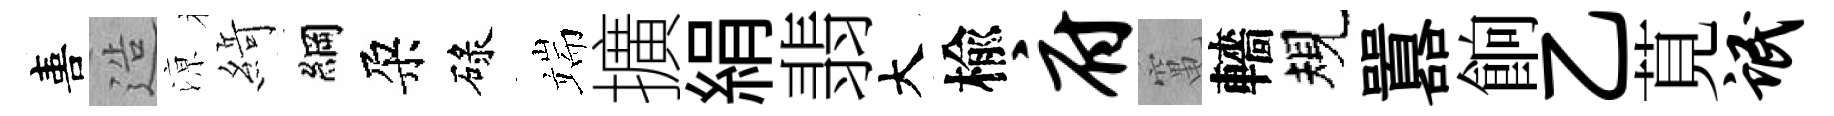
喜造鿌𦂶綱朶碌端擴絹翡大楡府𥧄轖規囂餉乙莧氓